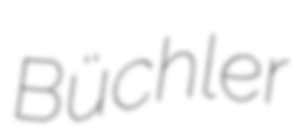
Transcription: Büchler